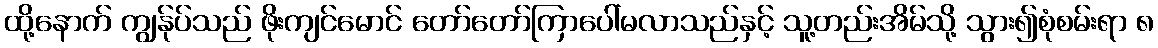
ထို့နောက် ကျွန်ုပ်သည် ဖိုးကျင်မောင် တော်တော်ကြာပေါ်မလာသည်နှင့် သူ့တည်းအိမ်သို့ သွား၍စုံစမ်းရာ ၈